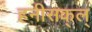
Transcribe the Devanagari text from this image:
हनीसक्‌ल्‌